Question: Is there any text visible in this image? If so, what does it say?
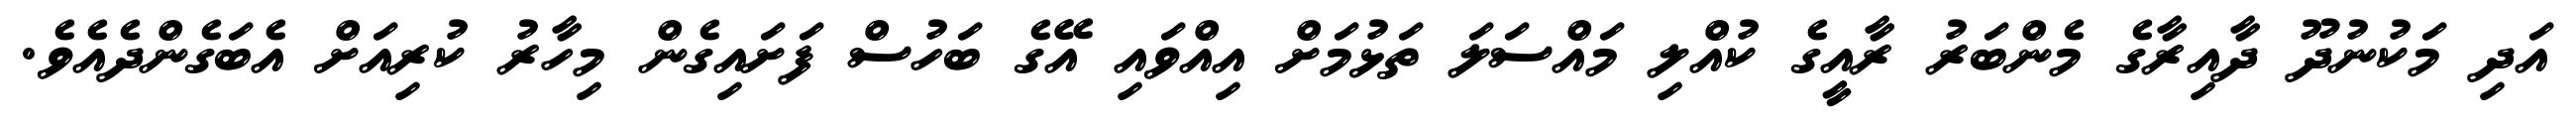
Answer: އަދި މަކުނުދޫ ދާއިރާގެ މެންބަރު ރާއީގެ ކުއްލި މައްސަލަ ތަޅުމަށް އިއްވައި އޭގެ ބަހުސް ފަށައިގެން މިހާރު ކުރިއަށް އެބަގެންދެއެވެ.